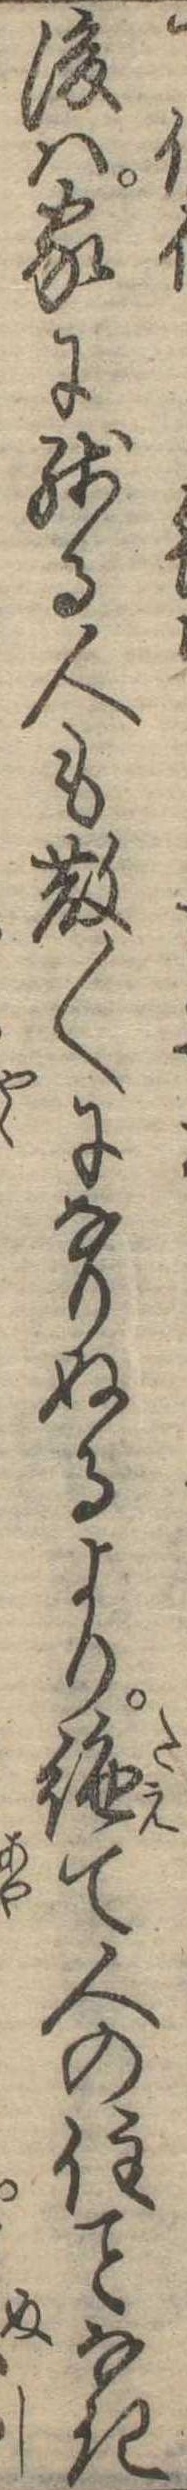
後は家に残る人も散〱になりぬるより絶て人の住なき